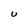
Character: U